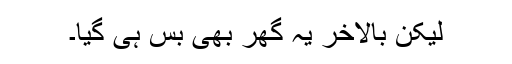
لیکن بالآخر یہ گھر بھی بس ہی گیا۔